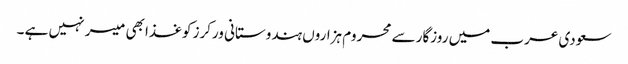
سعودی عرب میں روزگار سے محروم ہزاروں ہندوستانی ورکرز کوغذا بھی میسر نہیں ہے ۔